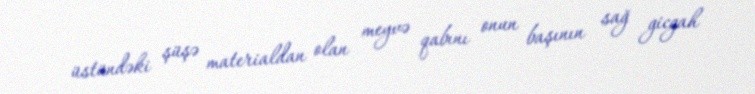
üstündəki şüşə materialdan olan meyvə qabını onun başının sağ gicgah